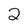
Character: 2